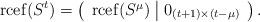
LaTeX: \begin{align*}\operatorname{rcef}(S^t) = \left( \begin{array}{c|c} \operatorname{rcef}(S^\mu) & 0_{(t+1)\times(t-\mu)} \end{array} \right).\end{align*}